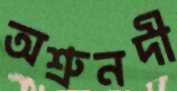
অশ্রুনদী